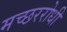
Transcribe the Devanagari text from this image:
मच्छररोधी